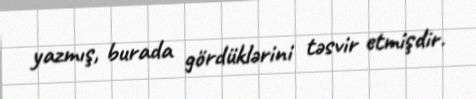
yazmış, burada gördüklərini təsvir etmişdir.